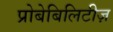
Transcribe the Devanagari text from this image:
प्रोबेबिलिटीज़